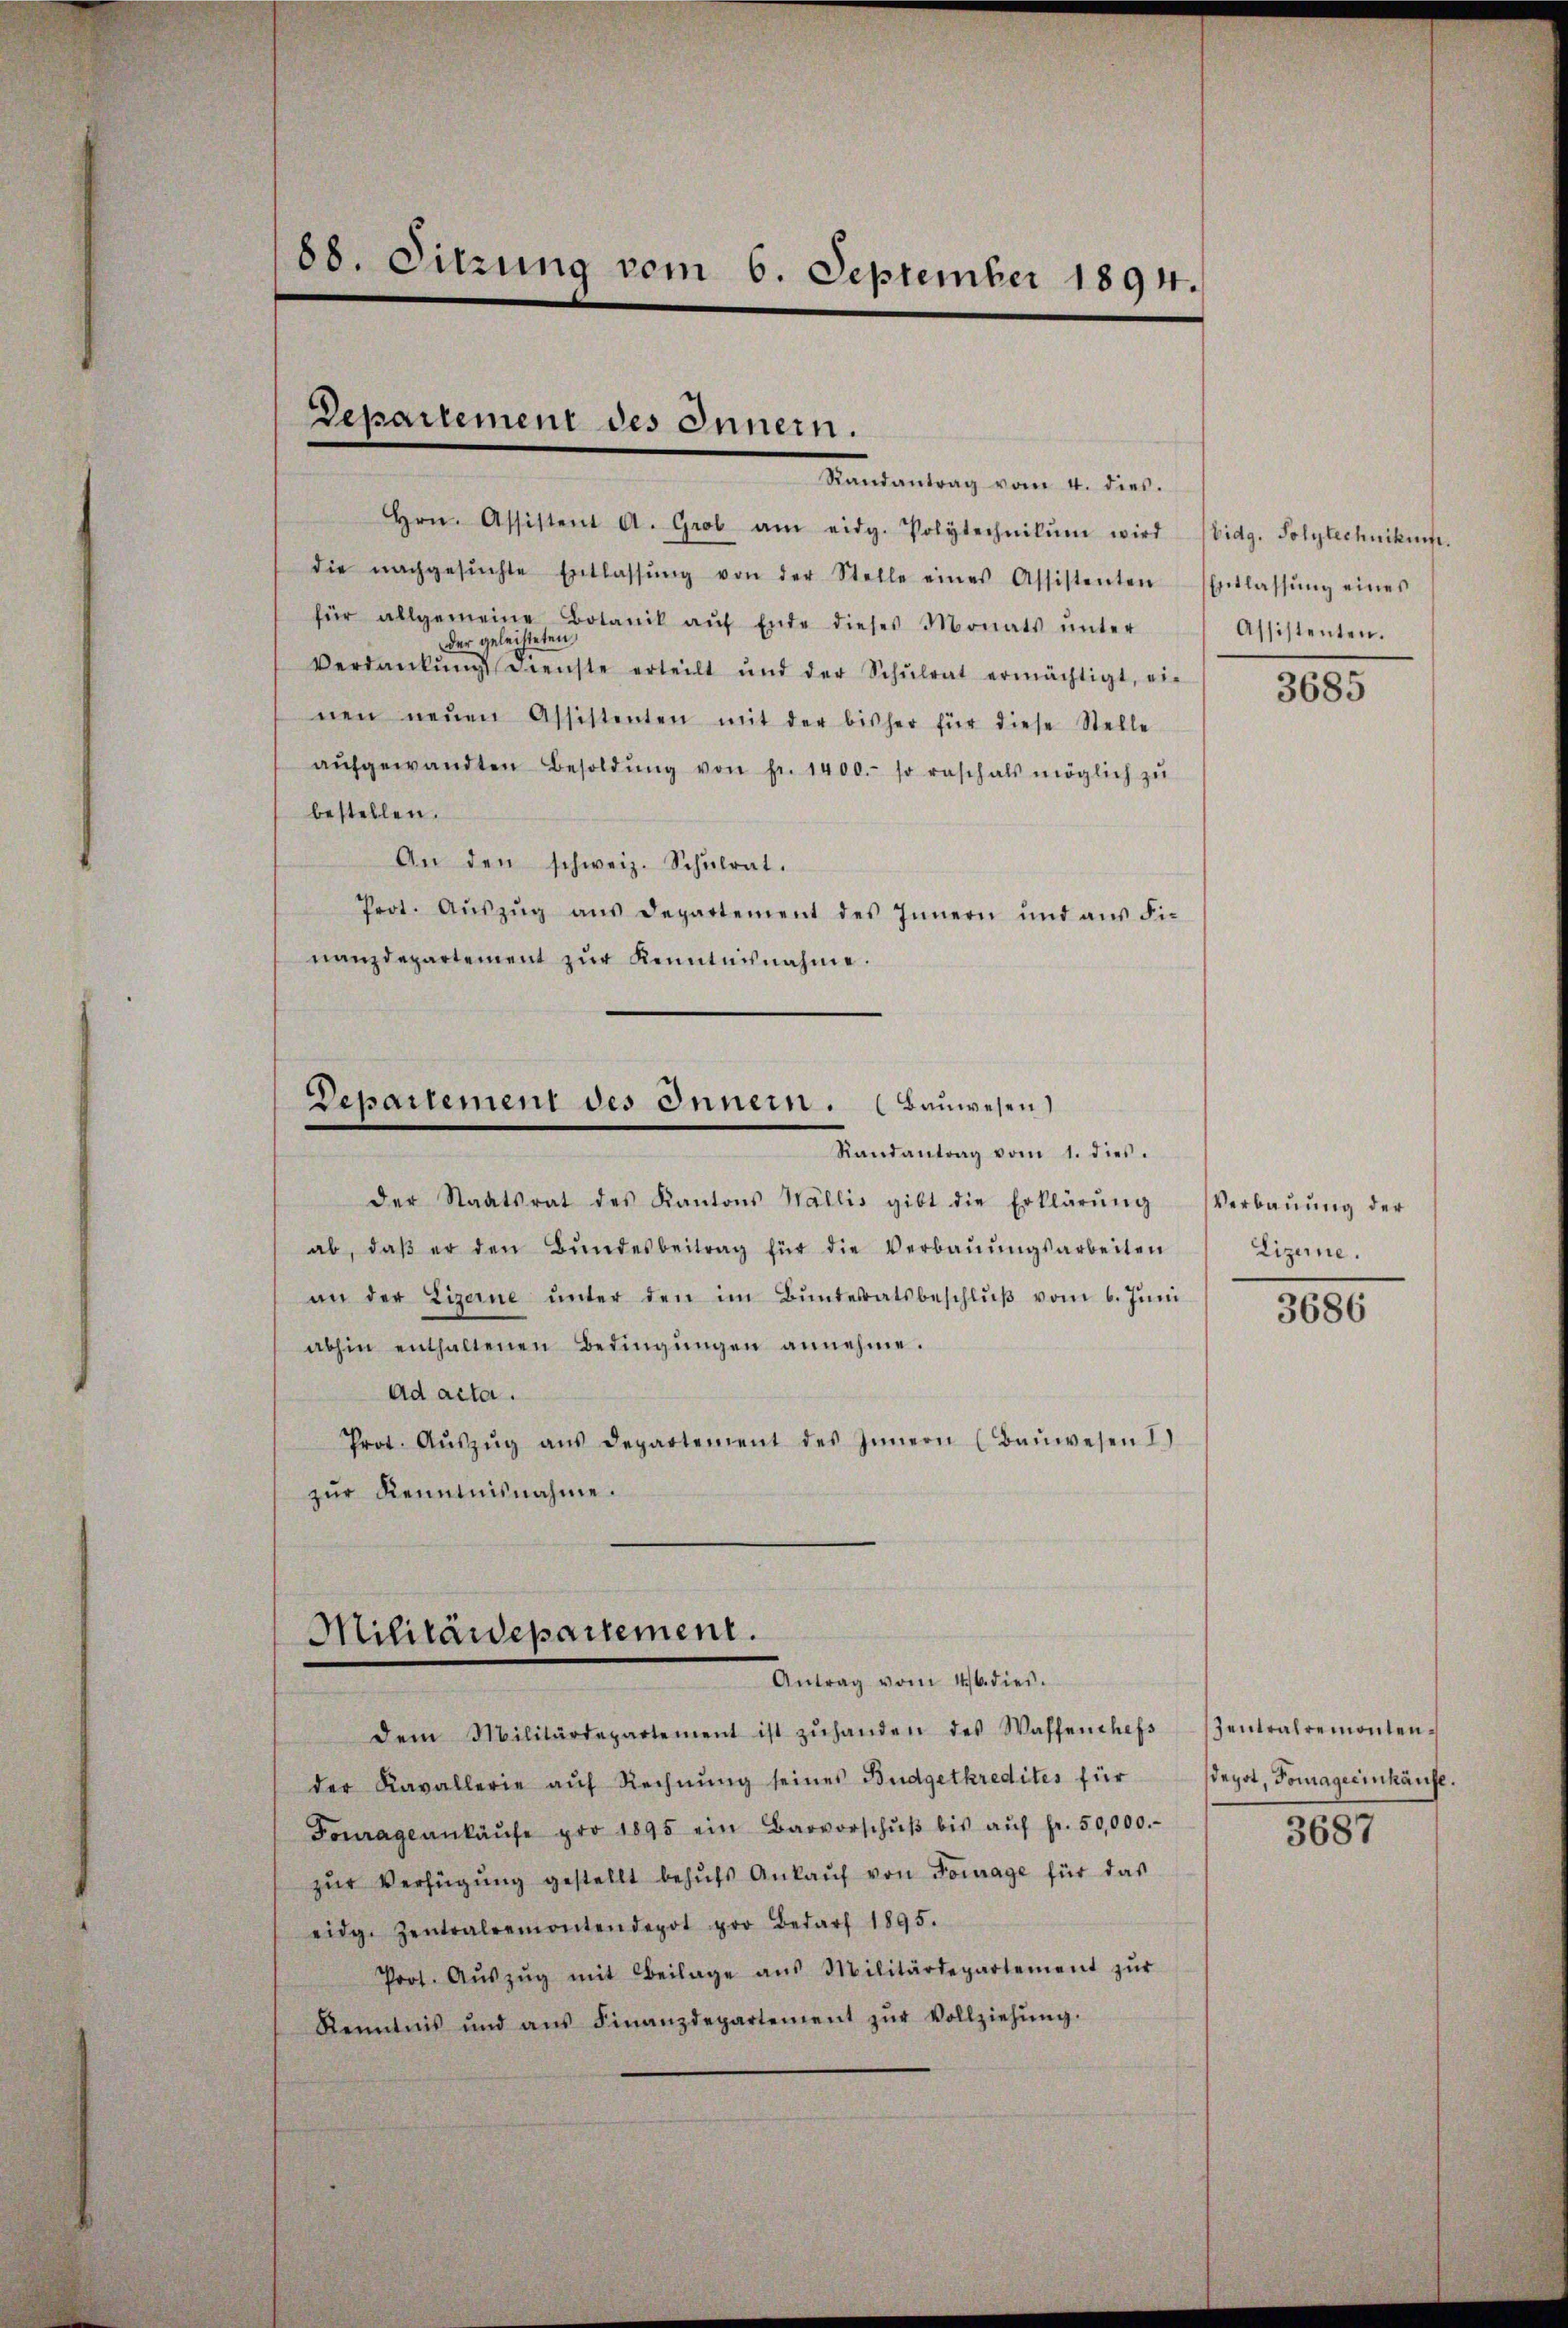
88. Sitzung vom 6. September 1894.

Departement des Innern.
Randantrag vom 4. dies.

Hrn. Assistent A. Grob am eidg. Polytechnikŭm wird Nidg. Solytechnikum.
die nachgesŭchte Entlassŭng von der Stelle eines Assistenten Entlassŭng eines
für allgemeine Botanik aŭf Ende dieses Monats ŭnter
der geleisteten,
Verdankŭng dienste erteilt und der Schŭlrat ermächtigt, ei-
nen neŭen Assistenten mit der bisher für diese Stelle
aŭfgewandten Besoldŭng von Fr. 1400. so rasch als möglich zŭ
bestellen.
An den schweiz. Schŭlrat.
Prot. Aŭszŭg aŭs Departement des Innern und aŭs Fi-
nanzdepartement zŭr Kenntnisnahme.

Departement des Innern. (Bauwesen)
Randantrag vom 1. dies.

Militärdepartement.
Antrag vom 16. dies.

der Staatsrat des Kantons Wallis gibt die Erklärŭng Verbaŭŭng der
ab, daβ er den Bŭndesbeitrag für die Verbaŭŭngsarbeiten
an der Lizerne ŭnter den im Bŭndesratsbeschlŭβ vom 6. Jŭni
abhin enthaltenen Bedingungen annehme.
Ad acta.
Prot. Aŭszŭg aŭs departement des Innern (Baŭwesen I
zur Kenntnisnahme.

dem Militärdepartement ist zŭhanden des Waffenthefs entralremonten-
der Kavallerie auf Rechnŭng seines Budgetkredites für
Fourage ankaŭfe pro 1895 ein Barvorschŭβ bis aŭf fr. 50,000.-
zŭr Verfügŭng gestellt behŭfs Ankaŭf von Fourage für das
eidg. Zentralremontendepot pro Bedarf 1895.
Prot. Aŭszŭg mit Beilage aus Militärdepartement zŭr
Kenntnis und aŭs Finanzdepartement zŭr Vollziehŭng.

Assistenten.

3685

Lizerne.

3686

sdeyot, Tomageeinkäufe.

3687